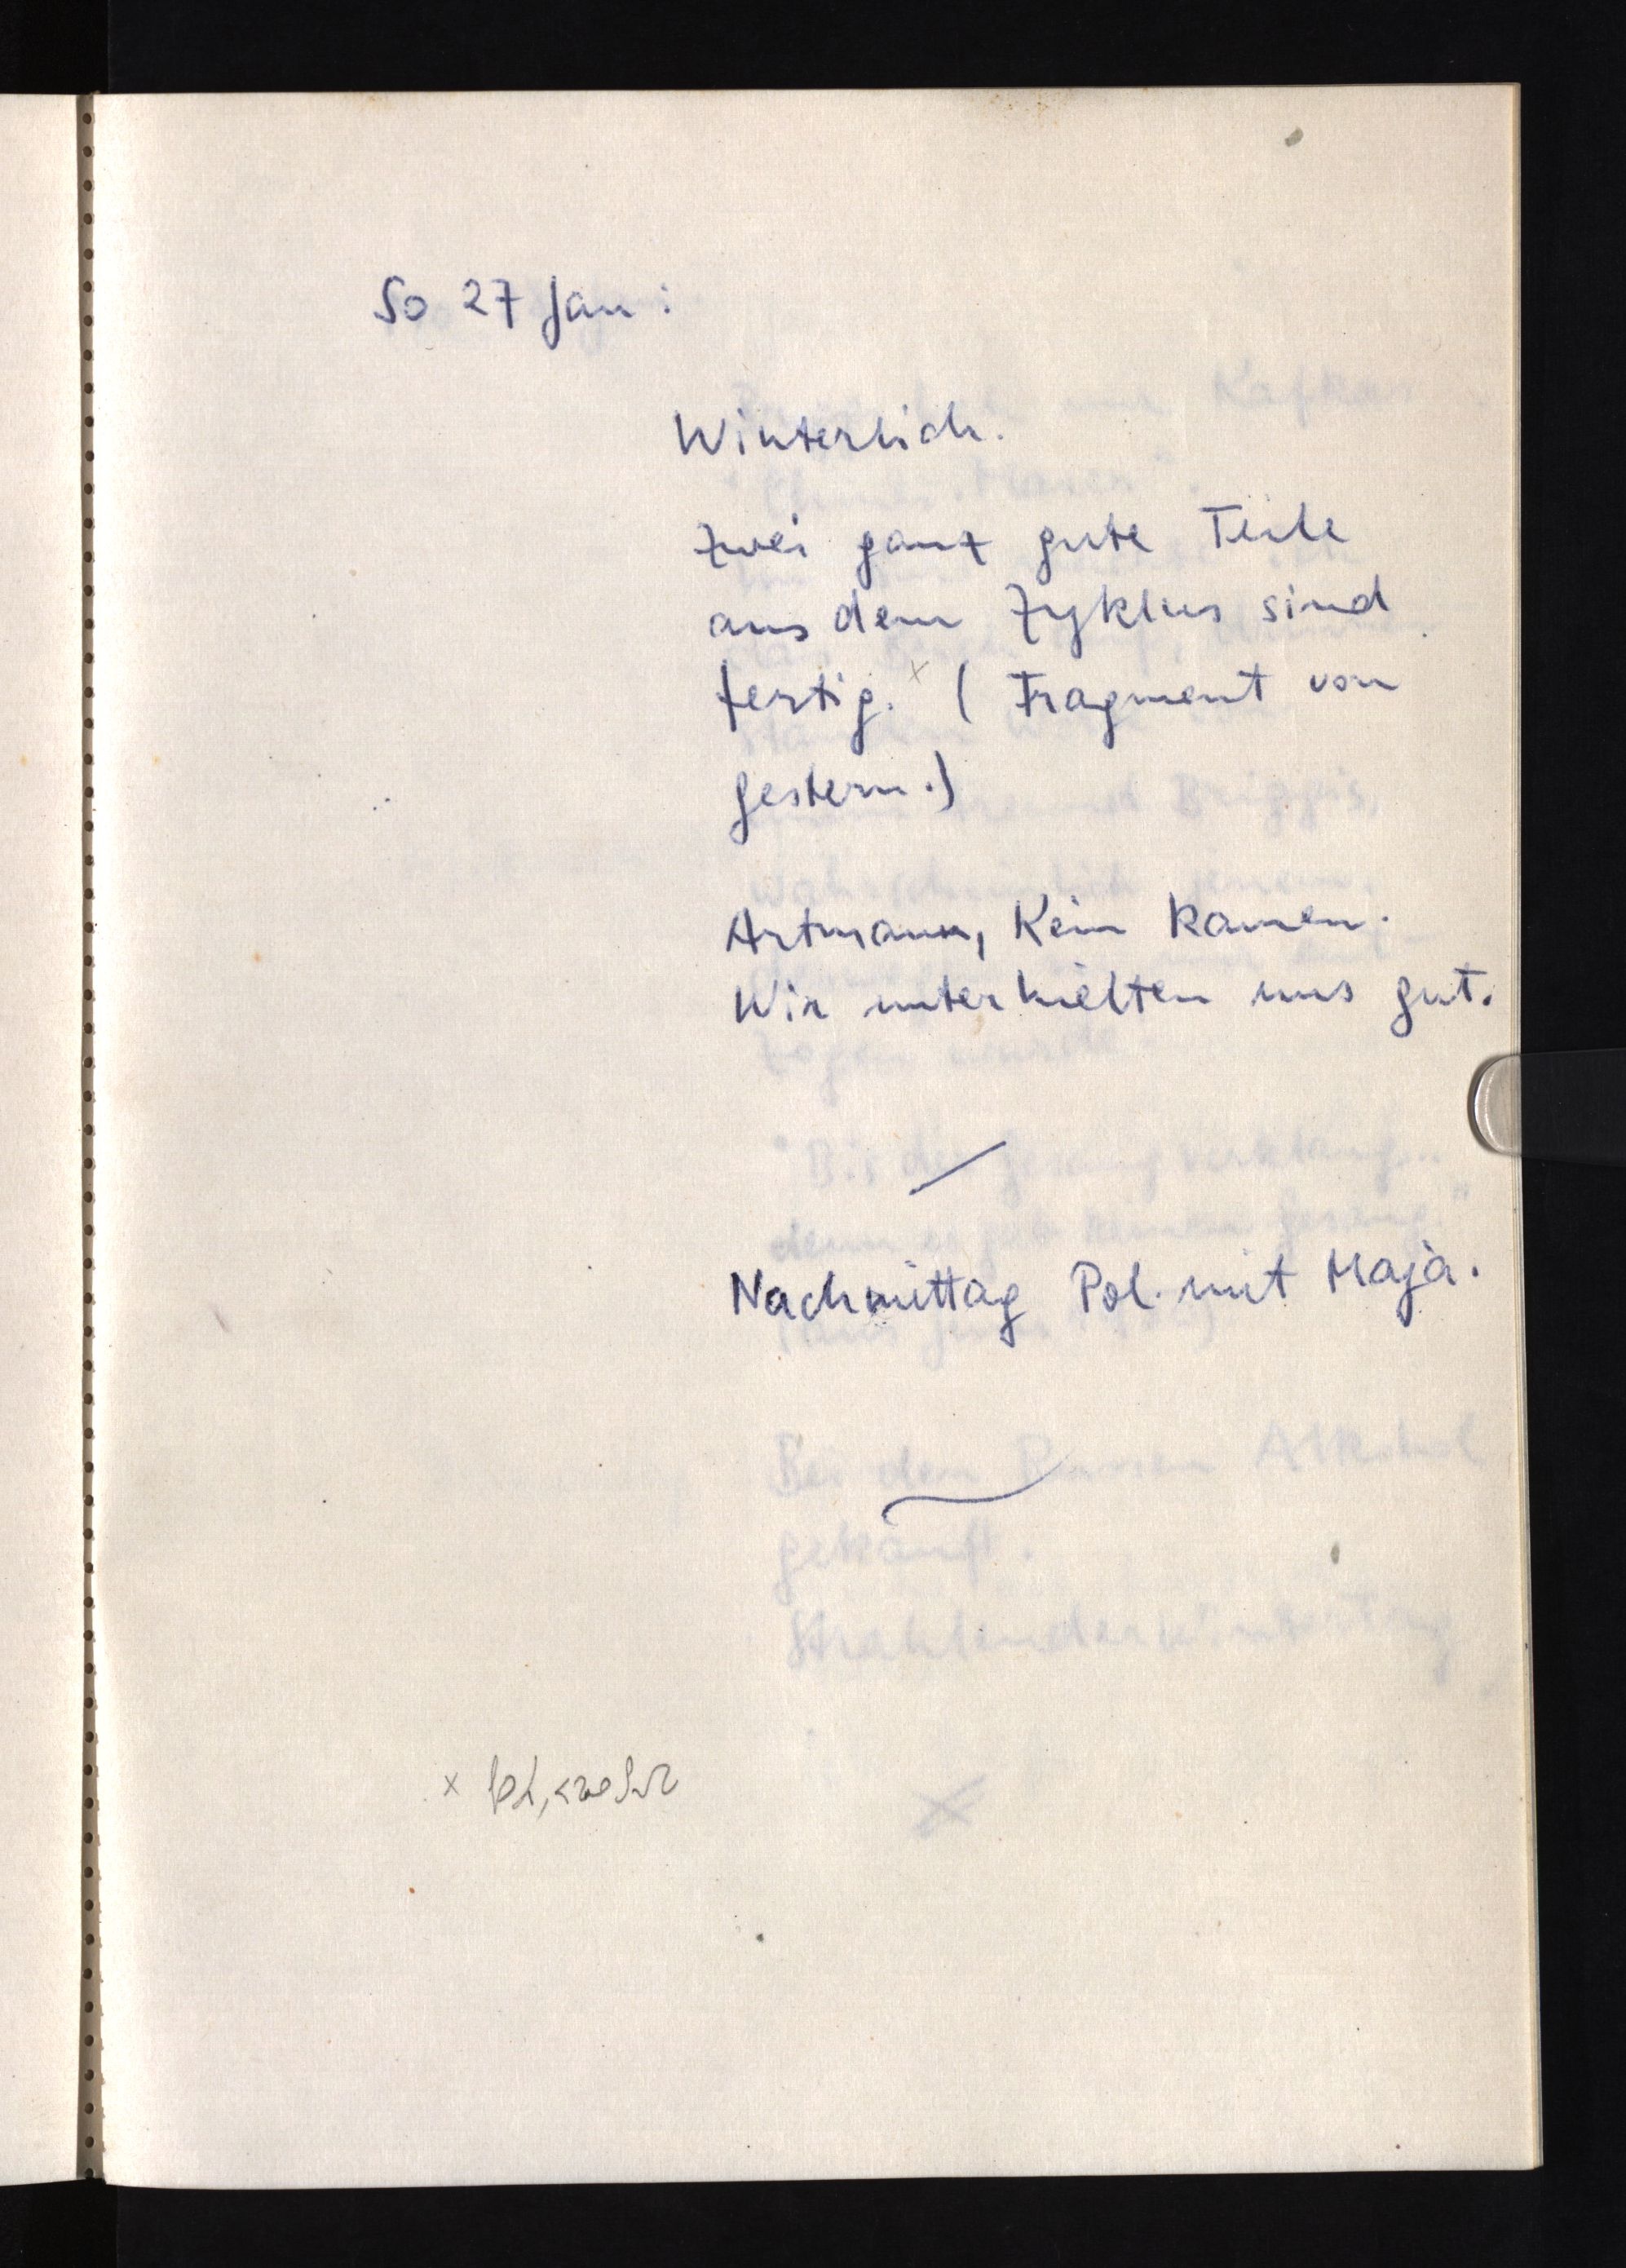
So 27 Jan:
Winterlich.
Zwei ganz gute Teile
aus dem Zyklus sind
fertig.x (Fragment von
gestern.)
Artmann, Kein kamen.
Wir unterhielten uns gut.
Nachmittag Pol. mit Maja.